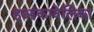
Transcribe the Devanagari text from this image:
हुआंकावेलिका